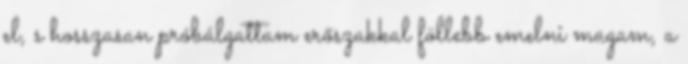
el, s hosszasan próbálgattam erőszakkal föllebb emelni magam, a